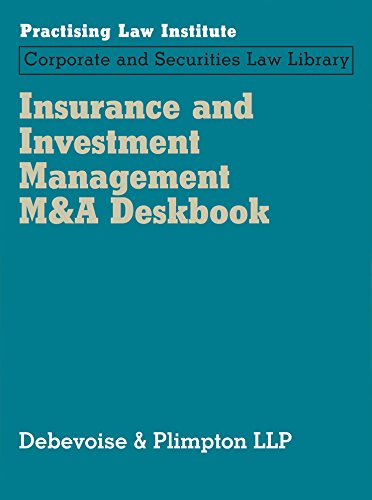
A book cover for Insurance and Investment Management M&A Deskbook; Debevoise & Plimpton LLP; Law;